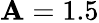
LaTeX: \mathbf{A}=1.5